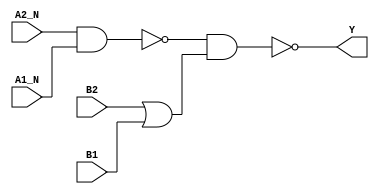
module sky130_fd_sc_hd__o2bb2ai (
    Y   ,
    A1_N,
    A2_N,
    B1  ,
    B2
);

    // Module ports
    output Y   ;
    input  A1_N;
    input  A2_N;
    input  B1  ;
    input  B2  ;

    // Module supplies
    supply1 VPWR;
    supply0 VGND;
    supply1 VPB ;
    supply0 VNB ;

    // Local signals
    wire nand0_out  ;
    wire or0_out    ;
    wire nand1_out_Y;

    //   Name   Output       Other arguments
    nand nand0 (nand0_out  , A2_N, A1_N        );
    or   or0   (or0_out    , B2, B1            );
    nand nand1 (nand1_out_Y, nand0_out, or0_out);
    buf  buf0  (Y          , nand1_out_Y       );

endmodule